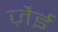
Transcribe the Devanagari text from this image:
ज़ैई